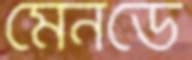
মেনডে